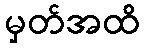
မှတ်အထိ